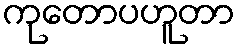
ကုတောပဟူတာ